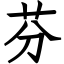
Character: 芬